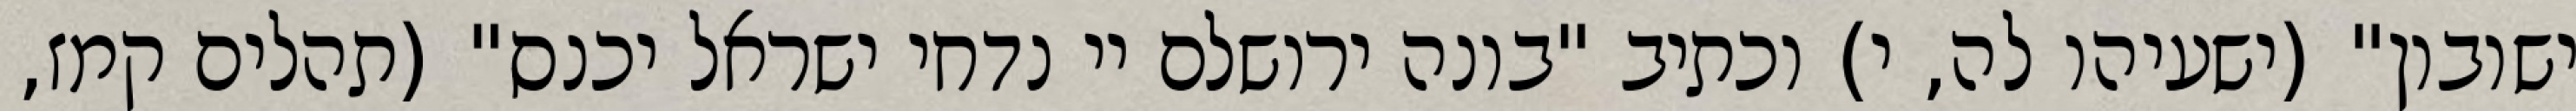
ישובון" (ישעיהו לה, י) וכתיב "בונה ירושלם יי נדחי ישראל יכנס" (תהלים קמז,